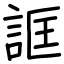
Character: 誆